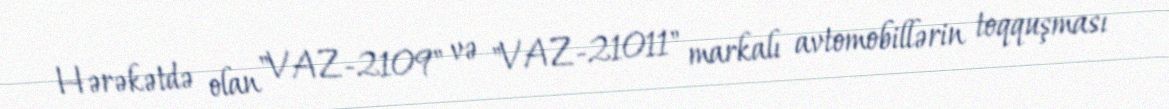
Hərəkətdə olan "VAZ-2109" və "VAZ-21011" markalı avtomobillərin toqquşması